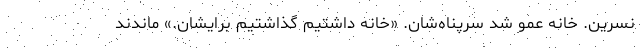
نسرین. خانه عمو شد سرپناه‌شان. «خانه داشتیم گذاشتیم برایشان.» ماندند